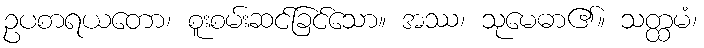
ဥပစာရယတော၊ စူးစမ်းဆင်ခြင်သော။ အဿ၊ သုမေဓာ၏။ သတ္ထမံ၊